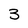
Character: 3